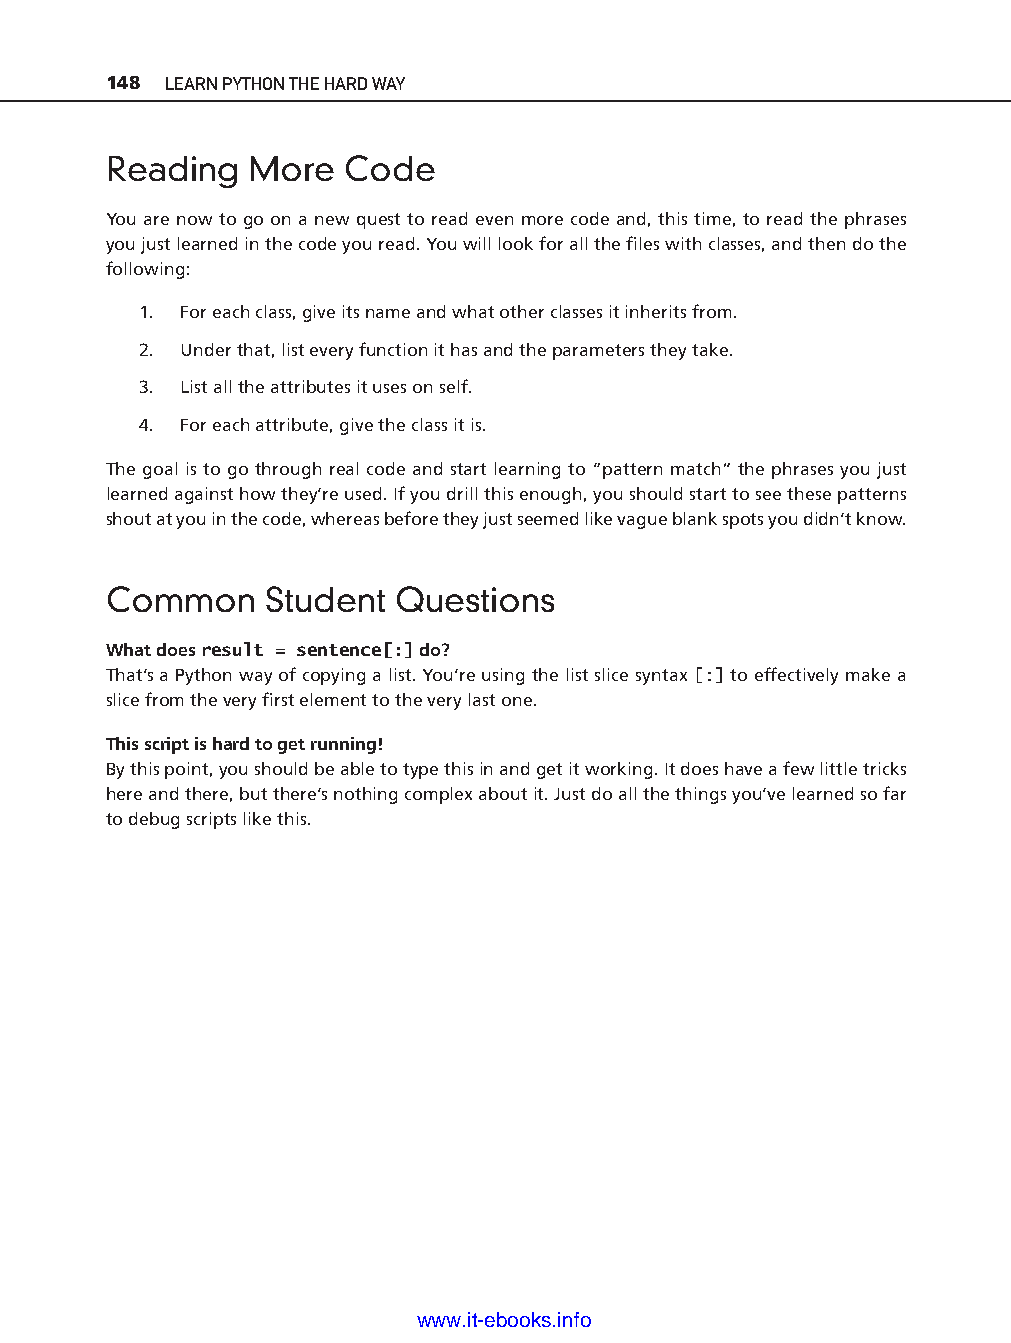
148 LEARN PYTHON THE HARD WAY
 Reading   More  Code
 You are now to go on a new quest to read even more code and, this time, to read the phrases
 you just learned in the code you read. You will look for all the fi les with classes, and then do the
 following:
 1. For each class, give its name and what other classes it inherits from.
 2. Under that, list every function it has and the parameters they take.
 3. List all the attributes it uses on self.
 4. For each attribute, give the class it is.
 The goal is to go through real code and start learning to “pattern match” the phrases you just
 learned against how they’re used. If you drill this enough, you should start to see these patterns
 shout at you in the code, whereas before they just seemed like vague blank spots you didn’t know.
 Common     Student Questions
 What does result = sentence[:] do?
 That’s a Python way of copying a list. You’re using the list slice syntax [:] to effectively make a ptg11539604
 slice from the very fi rst element to the very last one.
 This script is hard to get running!
 By this point, you should be able to type this in and get it working. It does have a few little tricks
 here and there, but there’s nothing complex about it. Just do all the things you’ve learned so far
 to debug scripts like this.
 www.it-ebooks.info